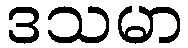
ဒသမာ